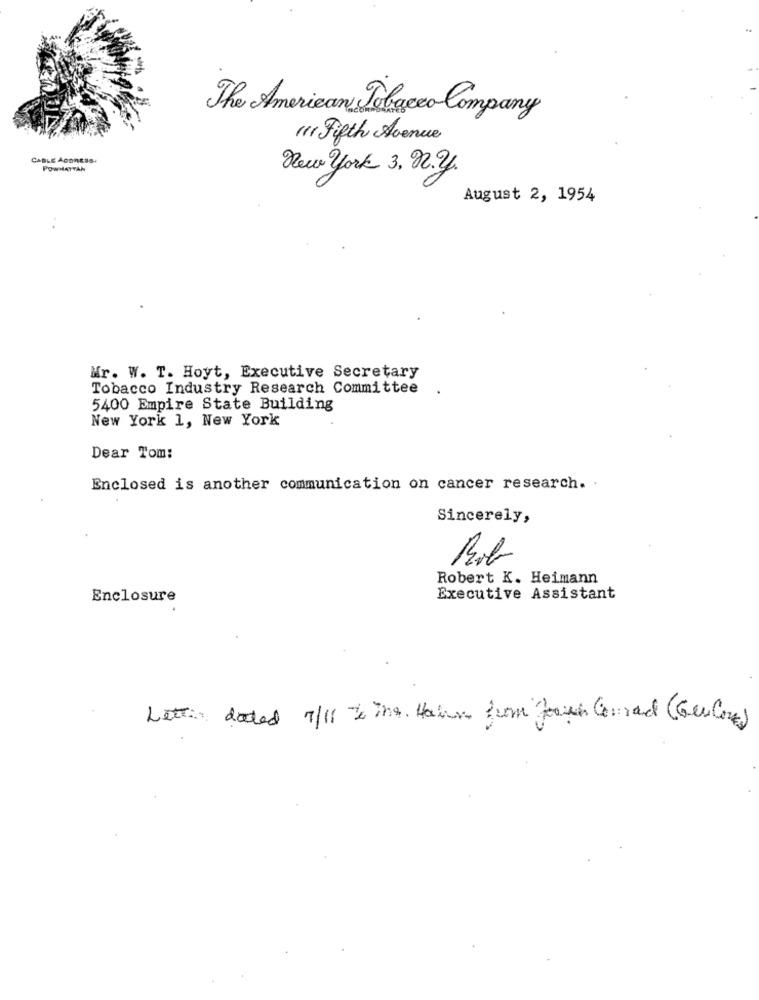
The American Tobacco Company
" Fifth Avenue
CABLE ADDRESS
POWHATTAN
New York 3. 92.2.
August 2, 1954
Mr. W. T. Hoyt, Executive Secretary
Tobacco Industry Research Committee
5400 Empire State Building
New York 1, New York
Dear Tom:
Enclosed is another communication on cancer research. .
Sincerely,
Bob
Robert K. Heimann
Enclosure
Executive Assistant
Letti dated 7/11 % ins. Hahn from from Conrad (GenCon)